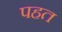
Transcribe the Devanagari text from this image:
पहत